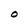
Character: O